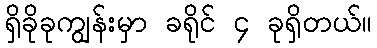
ရှိခိုခုကျွန်းမှာ ခရိုင် ၄ ခုရှိတယ်။